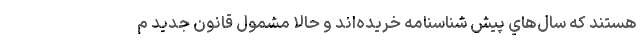
هستند كه سال‌هاي پيش شناسنامه خريده‌اند و حالا مشمول قانون جديد م